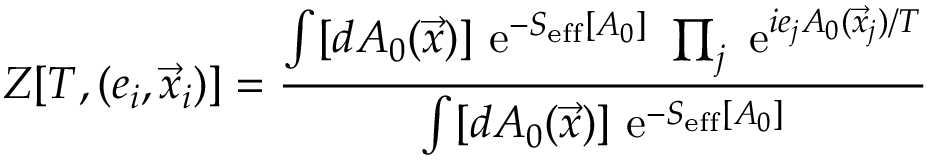
Z [ T , ( e _ { i } , \vec { x } _ { i } ) ] = \frac { \int [ d A _ { 0 } ( \vec { x } ) ] \mathrm { ~ e } ^ { - S _ { \mathrm { e f f } } [ A _ { 0 } ] } ~ \prod _ { j } \mathrm { ~ e } ^ { i e _ { j } A _ { 0 } ( \vec { x } _ { j } ) / T } } { \int [ d A _ { 0 } ( \vec { x } ) ] \mathrm { ~ e } ^ { - S _ { \mathrm { e f f } } [ A _ { 0 } ] } }